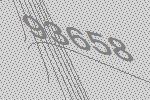
93658